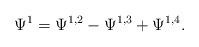
LaTeX: \begin{align*}\Psi^1=\Psi^{1,2}-\Psi^{1,3}+\Psi^{1,4}.\end{align*}